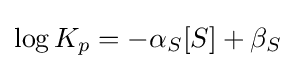
\log K_{p}=-\alpha _{S}[S]+\beta _{S}